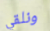
ونلقي